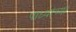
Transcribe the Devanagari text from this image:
पाध्यांच्या